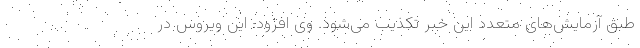
طبق آزمایش‌های متعدد این خبر تکذیب می‌شود. وی افزود: این ویروس در